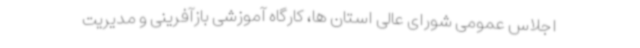
اجلاس عمومی شورای عالی استان ها، کارگاه آموزشی بازآفرینی و مدیریت